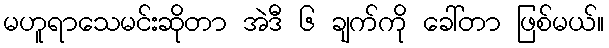
မဟူရာသေမင်းဆိုတာ အဲဒီ ၆ ချက်ကို ခေါ်တာ ဖြစ်မယ်။